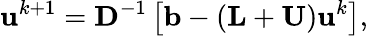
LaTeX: \mathbf{u}^{k+1}=\mathbf{D}^{-1}\left[\mathbf{b}-(\mathbf{L}+\mathbf{U})\mathbf{u}^{k}\right],